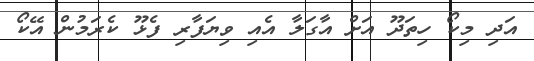
އަދި މިކޯ ހިތަދޫ އަށް އާގަލާ އެއި ވިޔަފާރި ފެޅޫ ކެރަމުން އޭކޯ